Sanitation, dispensaries and jails vaccination Rajputana 1922-1927 - 1922-1927
Year: 1922
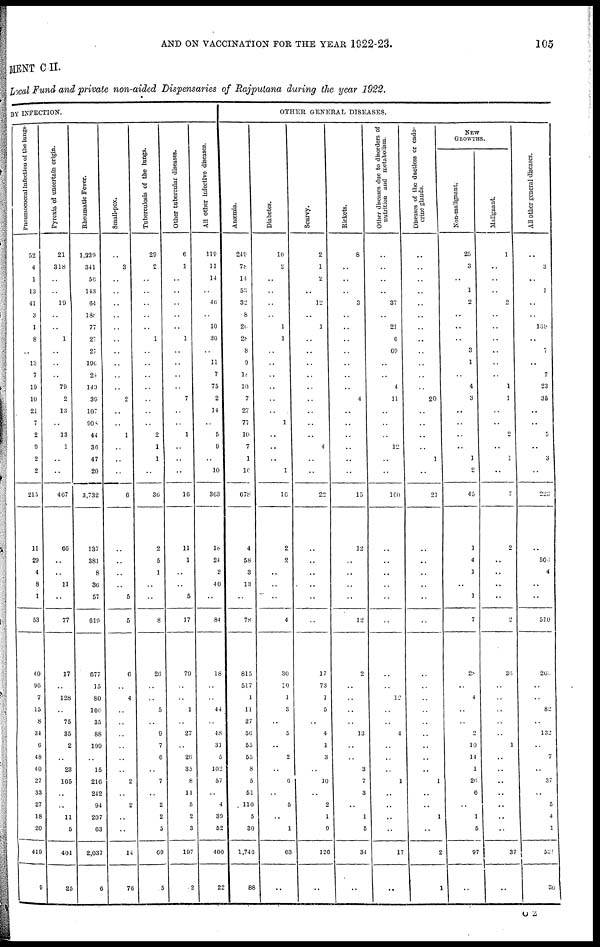
AND ON VACCINATION FOR THE YEAR 1922-23.
105
MENT C-II.
Local Fund and private non-aided Dispensaries of Rajputana during the year 1922.
BY INFECTION.
Pneumococcal infection of the lungs.
52
4
1
13
41
3
1
8
..
13
7
19
10
21
7
2
9
2
2
215
11
29
4
8
1
53
40
96
7
15
8
34
6
48
40
27
33
27
18
20
419
9
Pyrexia of uncertain origin.
21
318
..
..
19
..
..
1
..
..
..
79
2
13
..
13
1
..
..
467
66
..
..
11
..
77
17
..
128
..
75
35
2
..
23
105
..
..
11
5
401
25
Rheumatic Fever.
1,239
341
56
143
64
188
77
27
27
190
24
140
39
107
908
44
36
47
20
3,732
137
381
8
36
57
619
677
15
80
106
35
88
199
..
15
216
242
94
207
63
2,037
6
Small-pox.
..
3
..
..
..
..
..
..
..
..
..
..
2
..
..
1
..
..
..
6
..
..
..
..
5
5
6
..
4
..
..
..
..
..
..
2
..
2
..
..
14
76
Tuberculosis of the lungs.
29
2
..
..
..
..
..
1
..
..
..
..
..
..
..
2
1
1
..
36
2
5
1
..
..
8
20
..
..
5
..
9
7
6
..
7
..
2
2
5
69
5
Other tubercular diseases.
6
1
..
..
..
..
..
1
..
..
..
..
7
..
..
1
..
..
..
16
11
1
..
..
5
17
79
..
..
1
..
27
..
26
35
8
11
5
2
3
197
2
All other infective diseases.
119
11
14
..
46
..
10
30
..
11
7
75
2
14
..
5
9
..
10
363
18
24
2
40
..
84
18
..
..
44
..
48
31
5
102
57
..
4
39
52
400
22
OTHER GENERAL DISEASES.
Anæmia.
249
78
14
53
32
8
20
28
8
9
18
10
7
27
77
10
7
1
16
678
4
58
3
13
..
78
815
517
1
11
27
56
55
55
8
5
51
110
5
30
1,746
88
Diabetes.
10
2
..
..
..
..
1
1
..
..
..
..
..
..
1
..
..
..
1
16
2
2
..
..
..
4
30
10
1
3
..
5
..
2
..
6
..
5
..
1
63
..
Scurvy.
2
1
2
..
12
..
1
..
..
..
..
..
..
..
..
..
4
..
..
22
..
..
..
..
..
..
17
73
1
5
..
4
1
3
..
10
..
2
1
9
120
..
Rickets.
8
..
..
..
3
..
..
..
..
..
..
..
4
..
..
..
..
..
..
15
12
..
..
..
..
12
2
..
..
..
..
13
..
..
3
7
3
..
1
5
34
..
Other diseases due to disorders of
nutrition and metabolism.
..
..
..
..
37
..
21
6
69
..
..
4
11
..
..
..
12
..
..
160
..
..
..
..
..
..
..
..
12
..
..
4
..
..
..
1
..
..
..
..
17
..
Diseases of the ductless or endo-
crine glands.
..
..
..
..
..
..
..
..
..
..
..
..
20
..
..
..
..
1
..
21
..
..
..
..
..
..
..
..
..
..
..
..
..
..
..
1
..
..
1
..
2
1
NEW
GROWTHS.
Non-malignant.
25
3
..
1
2
..
..
..
3
1
..
4
3
..
..
..
..
1
2
45
1
4
1
..
1
7
28
..
4
..
..
2
10
14
1
26
6
..
1
5
97
..
Malignant.
1
..
..
..
2
..
..
..
..
..
..
1
1
..
..
2
..
1
..
7
2
..
..
..
..
2
36
..
..
..
..
..
1
..
..
..
..
..
..
..
37
..
All
other general diseases.
..
3
..
1
..
..
139
..
7
..
7
23
35
..
..
5
..
3
..
223
..
504
4
..
..
510
261
..
..
82
..
132
..
7
..
37
..
5
4
1
551
30
C 2